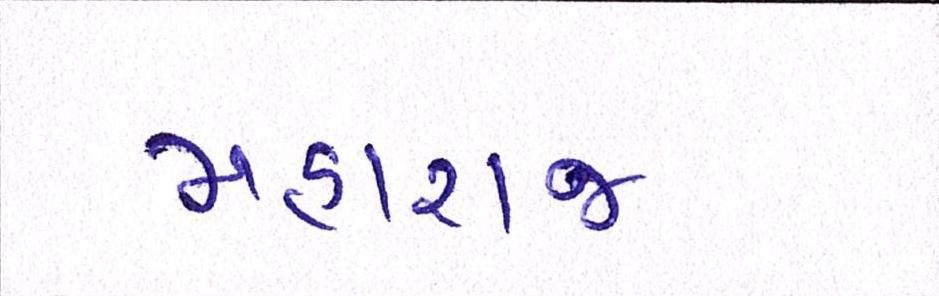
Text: મહારાજ